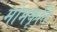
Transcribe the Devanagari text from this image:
मोमकृति